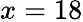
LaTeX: x=18